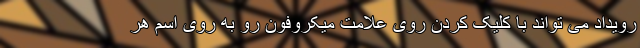
رویداد می تواند با کلیک کردن روی علامت میکروفون رو به روی اسم هر